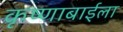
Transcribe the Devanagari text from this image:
कृष्णाबाईला